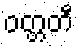
ဝတ္တတီ